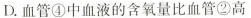
D.血管④中血液的含氧量比血管②高